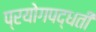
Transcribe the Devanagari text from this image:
प्रयोगपद्धती